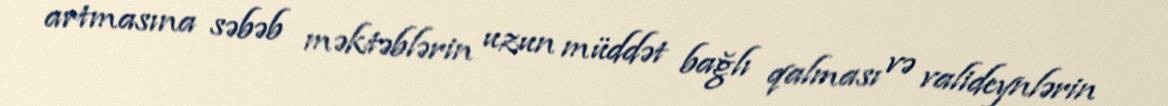
artmasına səbəb məktəblərin uzun müddət bağlı qalması və valideynlərin